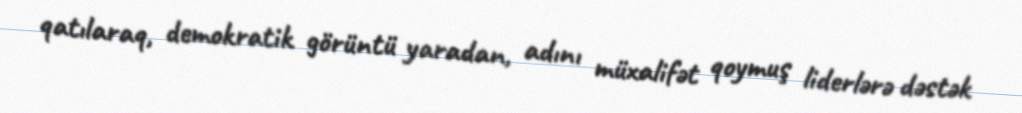
qatılaraq, demokratik görüntü yaradan, adını müxalifət qoymuş liderlərə dəstək